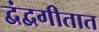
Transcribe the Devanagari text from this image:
द्वंद्वगीतात